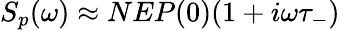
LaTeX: S_{p}(\omega)\approx NEP(0)(1+i\omega\tau_{-})